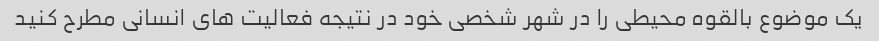
یک موضوع بالقوه محیطی را در شهر شخصی خود در نتیجه فعالیت های انسانی مطرح کنید